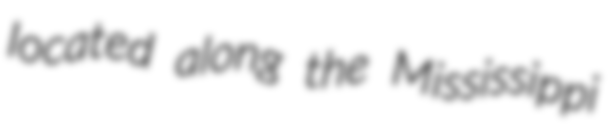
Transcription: located along the Mississippi